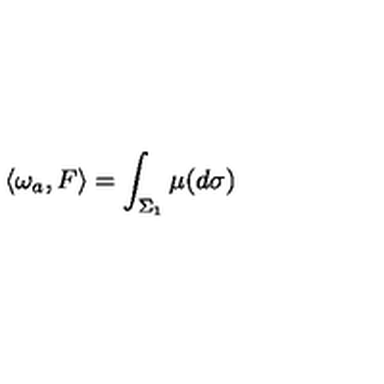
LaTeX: \langle \omega _ { a } , F \rangle = \int _ { \Sigma _ { 1 } } \mu ( d \sigma )